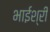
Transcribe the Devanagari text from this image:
भाईश्री